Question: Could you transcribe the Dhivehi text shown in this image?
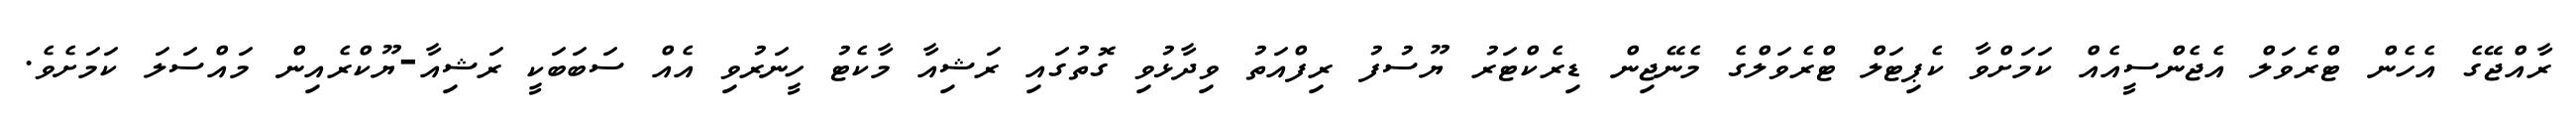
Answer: ރާއްޖޭގެ އެހެން ޓްރެވަލް އެޖެންސީއެއް ކަމަށްވާ ކެޕިޓަލް ޓްރެވަލްގެ މެނޭޖިން ޑިރެކްޓަރު ޔޫސުފު ރިފްއަތު ވިދާޅުވި ގޮތުގައި ރަޝިއާ މާކެޓު ހީނަރުވި އެއް ސަބަބަކީ ރަޝިއާ-ޔޫކްރެއިން މައްސަލަ ކަމަށެވެ.